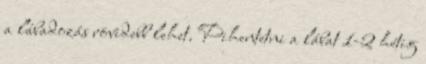
a lábadozás rövidebb lehet. Pihentetni a lábat 1-2 hétig